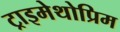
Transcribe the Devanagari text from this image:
ट्राइमेथोप्रिम